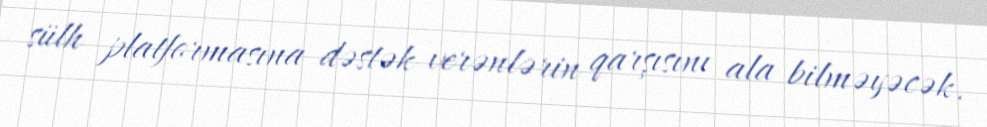
sülh platformasına dəstək verənlərin qarşısını ala bilməyəcək.